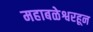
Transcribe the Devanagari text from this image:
महाबळेश्वरहून